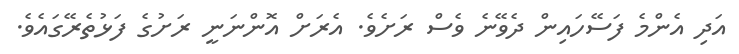
އަދި އެންމެ ފަސޭހައިން ދެވޭނެ ވެސް ރަށެވެ. އެރަށް އޮންނަނީ ރަށުގެ ފަޅުތެރޭގައެވެ.